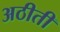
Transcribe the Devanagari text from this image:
अठीती